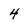
Character: 4